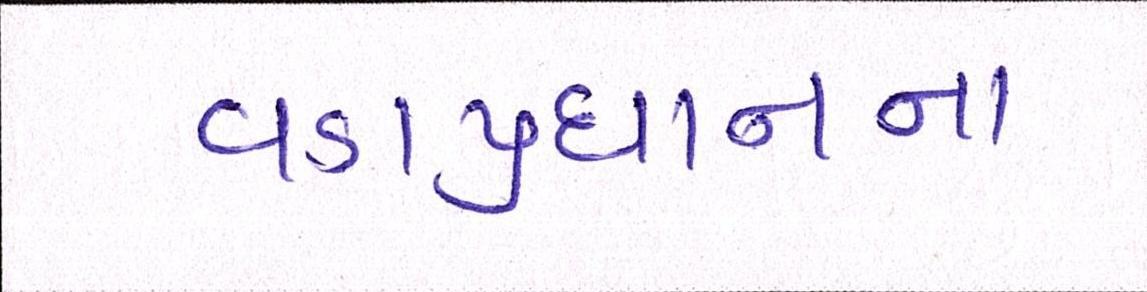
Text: વડાપ્રધાનના